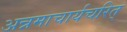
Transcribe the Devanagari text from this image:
अन्नमाचार्यचरित्